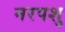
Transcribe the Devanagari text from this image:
नरपशु